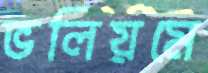
ভলিয়মে